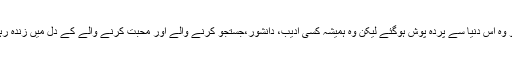
بظاہر تو وہ اس دنیا سے پردہ پوش ہوگئے لیکن وہ ہمیشہ کسی ادیب، دانشور،جستجو کرنے والے اور محبت کرنے والے کے دل میں زندہ رہیں گے۔